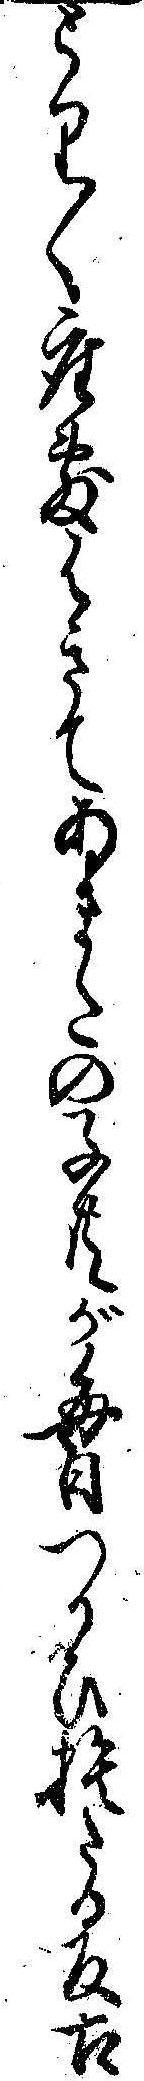
とり〱座敷はきてあまたの子共が毎日つかひ捨たる反古